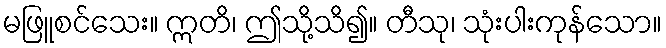
မဖြူစင်သေး။ ဣတိ၊ ဤသို့သိ၍။ တီသု၊ သုံးပါးကုန်သော။